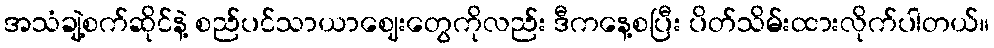
အသံချဲ့စက်ဆိုင်နဲ့ စည်ပင်သာယာဈေးတွေကိုလည်း ဒီကနေ့စပြီး ပိတ်သိမ်းထားလိုက်ပါတယ်။